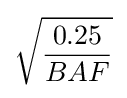
{\sqrt {\frac {0.25}{BAF}}}